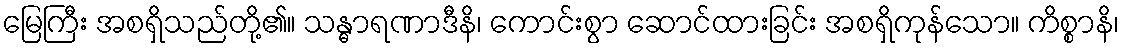
မြေကြီး အစရှိသည်တို့၏။ သန္ဓာရဏာဒီနိ၊ ကောင်းစွာ ဆောင်ထားခြင်း အစရှိကုန်သော။ ကိစ္စာနိ၊